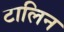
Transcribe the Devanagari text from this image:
टालिन